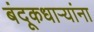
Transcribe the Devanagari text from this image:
बंदूकधाऱ्यांना